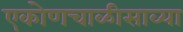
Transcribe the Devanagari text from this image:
एकोणचाळीसाव्या